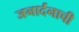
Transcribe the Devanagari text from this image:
जनार्दनाची